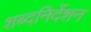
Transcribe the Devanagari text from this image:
शब्दनिर्देशन